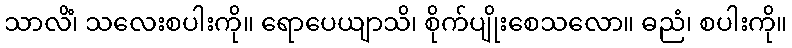
သာလိံ၊ သလေးစပါးကို။ ရောပေယျာသိ၊ စိုက်ပျိုးစေသလော။ ဓညံ၊ စပါးကို။